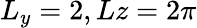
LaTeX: L_{y}=2,Lz=2\pi